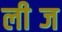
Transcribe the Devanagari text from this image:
लीब्ज